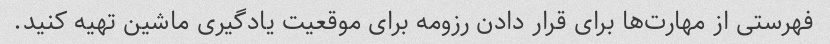
فهرستی از مهارت‌ها برای قرار دادن رزومه برای موقعیت یادگیری ماشین تهیه کنید.